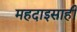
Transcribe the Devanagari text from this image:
महदाइसाही